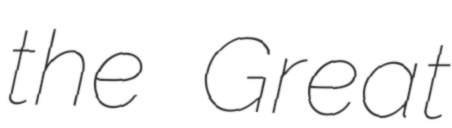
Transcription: the Great